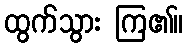
ထွက်သွား ကြ၏။